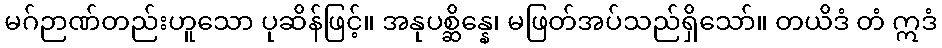
မဂ်ဉာဏ်တည်းဟူသော ပုဆိန်ဖြင့်။ အနုပစ္ဆိန္နေ၊ မဖြတ်အပ်သည်ရှိသော်။ တယိဒံ တံ ဣဒံ